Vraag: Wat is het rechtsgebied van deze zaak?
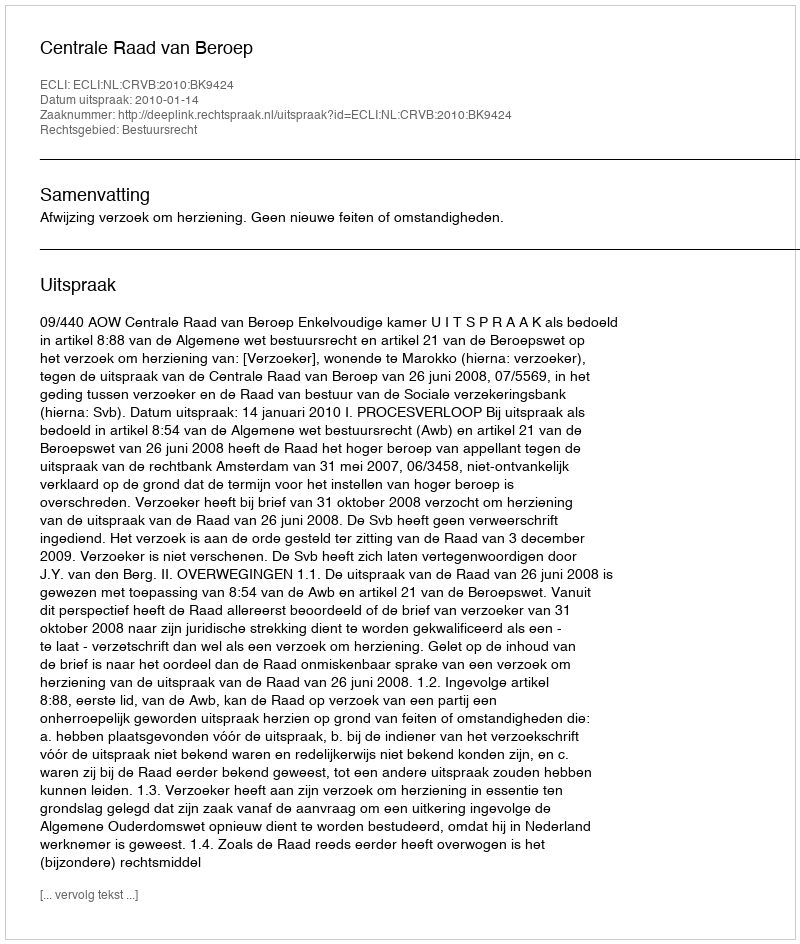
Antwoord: Bestuursrecht